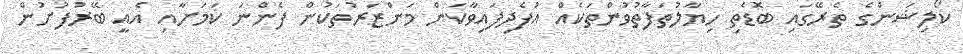
ކޯލިޝަންގެ ތެރޭގައި ބޮޑެތި ހިޔާލުތަފާތުވުންތަކެއް އުފެދިފައިވާކަން މަންޒަރުތަކުން ފެންނަ ކަމަށާއި އެއީ ބޭރުފުށުން